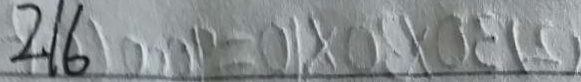
2 1 6